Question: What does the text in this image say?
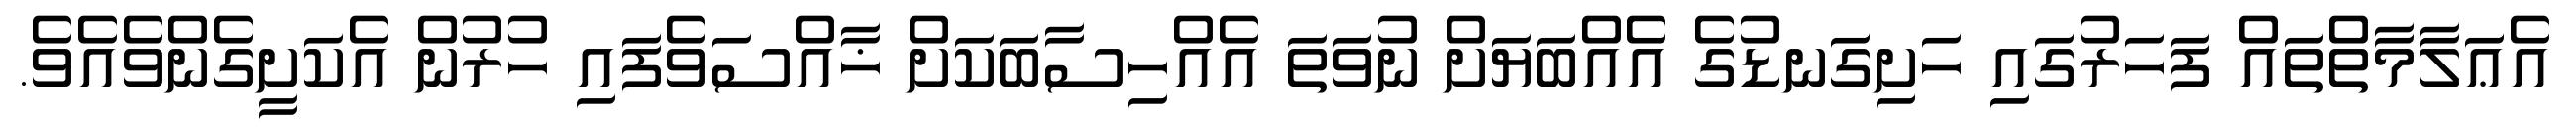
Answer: އެޢަލާމާތްތައް ފަހަރުގައި ހަށިގަނޑުގެ އެއްބަޔަށް ނުވަތަ އެއްހިސާބަކަށް ޚާއްސަވެފައި ހުރުން އެކަށީގެންވެއެވެ.